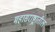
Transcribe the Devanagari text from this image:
महासराष्ट्रातील